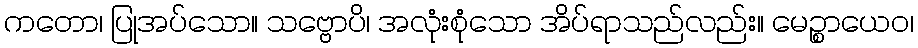
ကတော၊ ပြုအပ်သော။ သဗ္ဗောပိ၊ အလုံးစုံသော အိပ်ရာသည်လည်း။ မေဉ္စာယေဝ၊